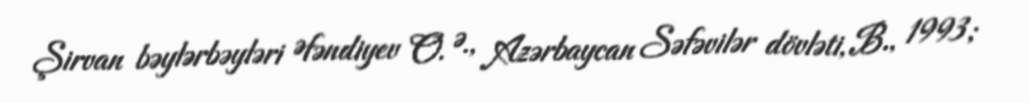
Şirvan bəylərbəyləri Əfəndiyev O. Ə., Azərbaycan Səfəvilər dövləti, B., 1993;